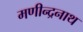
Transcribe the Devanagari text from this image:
मणीन्द्रनाथ